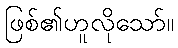
ဖြစ်၏ဟူလိုသော်။